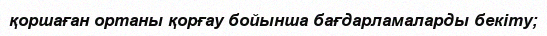
қоршаған ортаны қорғау бойынша бағдарламаларды бекіту;